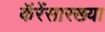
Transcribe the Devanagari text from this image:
कॅरेंसारख्या